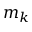
m _ { k }